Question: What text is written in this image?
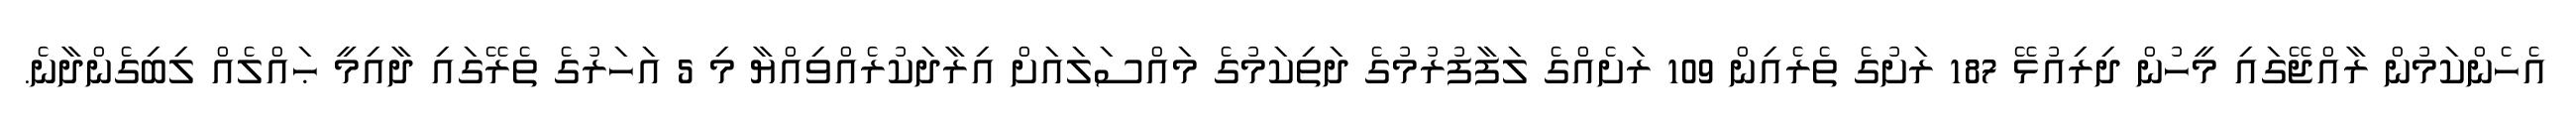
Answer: އެހެންކަމުން ރާއްޖޭގައި މީހުން ދިރިއުޅޭ 187 ރަށުގެ ތެރެއިން 109 ރަށެއްގެ ލަފާފުރުމުގެ ދަތިކަމުގެ މައްސަލައަށް އިރާދަކުރެއްވިއްޔާ މި 5 އަހަރުގެ ތެރޭގައި ދާއިމީ ޙައްލެއް ލިބިގެންދާނެ.